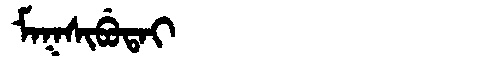
Manchu: ᠮᠠᡴᠰᡳᠪᡠᡨᠠᡳ
Romanization: MAKSIBUTAI